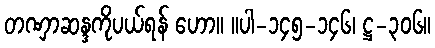
တဏှာဆန္ဒကိုပယ်ရန် ဟော။ ။ပါ-၁၄၅-၁၄၆၊ ဋ္ဌ-၃၀၆။